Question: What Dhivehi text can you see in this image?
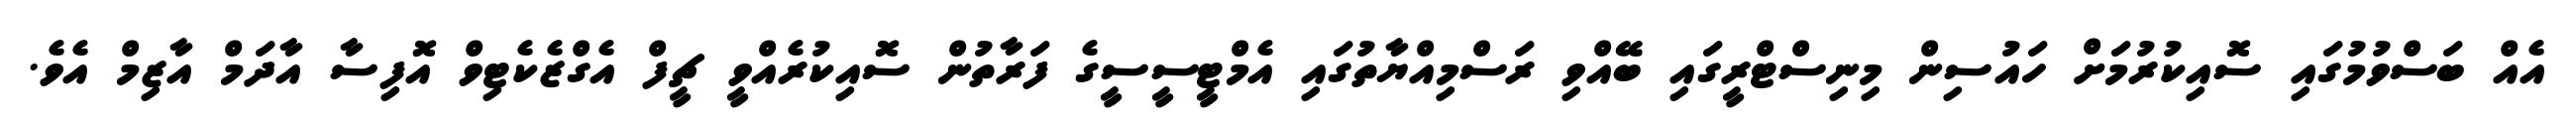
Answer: އެއް ބަސްވުމުގައި ސޮއިކުރުމަށް ހައުސިން މިނިސްޓްރީގައި ބޭއްވި ރަސްމިއްޔާތުގައި އެމްޓީސީސީގެ ފަރާތުން ސޮއިކުރެއްވީ ޗީފް އެގްޒެކެޓިވް އޮފިސާ އާދަމް އާޒިމް އެވެ.